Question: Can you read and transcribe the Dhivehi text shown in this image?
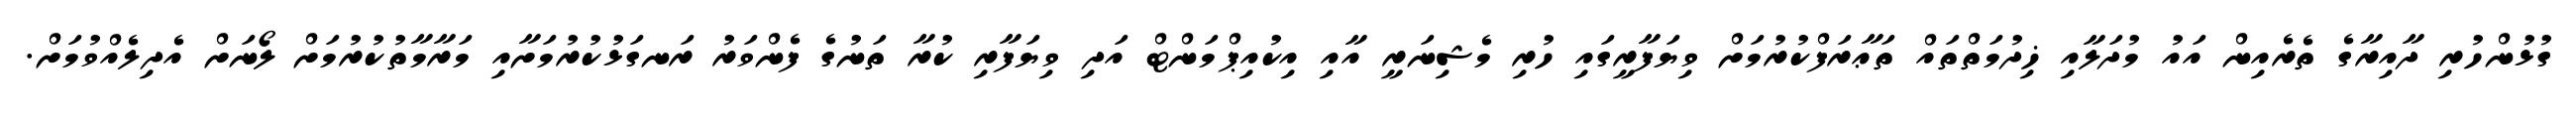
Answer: ގުޅުންހުރި ދާއިރާގެ ތެރެއިން އައު މުދަލާއި ޚިދުމަތްތައް ތަޢާރަފްކުރުމަށް ވިޔަފާރީގައި ހުރި މެޝިނަރީ އާއި އިކުއިޕްމަންޓް އަދި ވިޔަފާރި ކުރާ ތަނުގެ ފެންވަރު ރަނގަޅުކުރުމަށާއި މަރާމާތުކުރުމަށް ލޯނަށް އެދިލެއްވުމަށް.